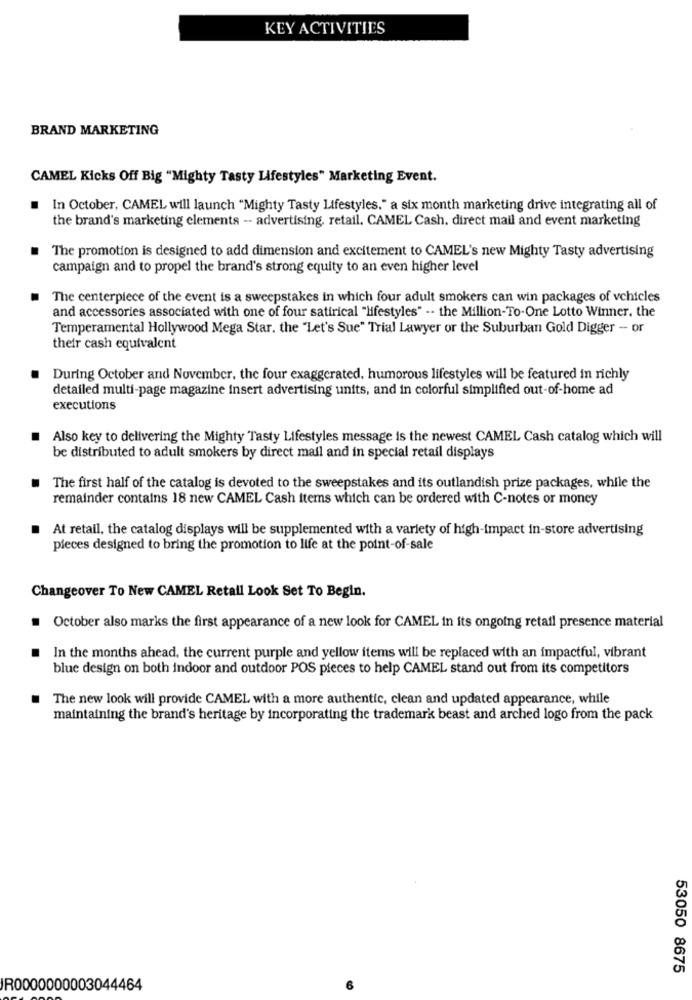
KEY ACTIVITIES
BRAND MARKETING
CAMEL Kicks Off Big "Mighty Tasty Lifestyles" Marketing Event.
.
In October, CAMEL will launch "Mighty Tasty Lifestyles," a six month marketing drive integrating all of
the brand's marketing elements -- advertising, retail. CAMEL Cash. direct mail and event marketing
The promotion is designed to add dimension and excitement to CAMEL's new Mighty Tasty advertising
campaign and to propel the brand's strong equity to an even higher level
The centerpiece of the event is a sweepstakes in which four adult smokers can win packages of vehicles
and accessories associated with one of four satirical "lifestyles" -- the Million-To-One Lotto Winner, the
Temperamental Hollywood Mega Star. the "Let's Sue" Trial Lawyer or the Suburban Gold Digger - or
their cash equivalent
During October and November, the four exaggerated, humorous lifestyles will be featured in richly
detailed multi-page magazine insert advertising units, and in colorful simplified out-of-home ad
executions
Also key to delivering the Mighty Tasty Lifestyles message is the newest CAMEL Cash catalog which will
be distributed to adult smokers by direct mail and in special retail displays
The first half of the catalog is devoted to the sweepstakes and its outlandish prize packages, while the
remainder contains 18 new CAMEL Cash items which can be ordered with C-notes or money
At retail, the catalog displays will be supplemented with a variety of high-impact in-store advertising
pieces designed to bring the promotion to life at the point-of-sale
Changeover To New CAMEL Retail Look Set To Begin.
October also marks the first appearance of a new look for CAMEL in its ongoing retail presence material
In the months ahead, the current purple and yellow items will be replaced with an impactful, vibrant
blue design on both indoor and outdoor POS pieces to help CAMEL stand out from its competitors
.
The new look will provide CAMEL with a more authentic, clean and updated appearance, while
maintaining the brand's heritage by incorporating the trademark beast and arched logo from the pack
53050 8675
R0000000003044464